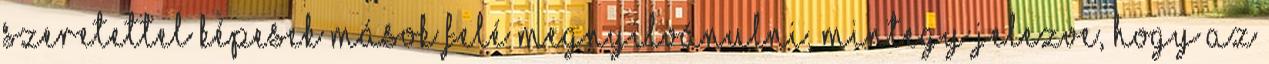
szeretettel képesek mások felé megnyilvánulni, mintegy jelezve, hogy az